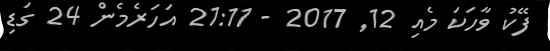
ފޭކު ވާހަކަ މެއި 12